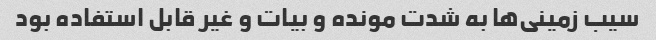
سیب زمینی‌ها به شدت مونده و بیات و غیر قابل استفاده بود